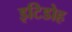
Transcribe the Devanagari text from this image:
इटिडोह